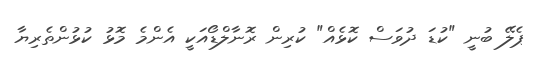
ޕެލޭ ބުނީ "ކުޑަ ދުވަސް ކޮޅެއް" ކުރިން ރޮނާލްޑޯއަކީ އެންމެ މޮޅު ކުޅުންތެރިޔާ